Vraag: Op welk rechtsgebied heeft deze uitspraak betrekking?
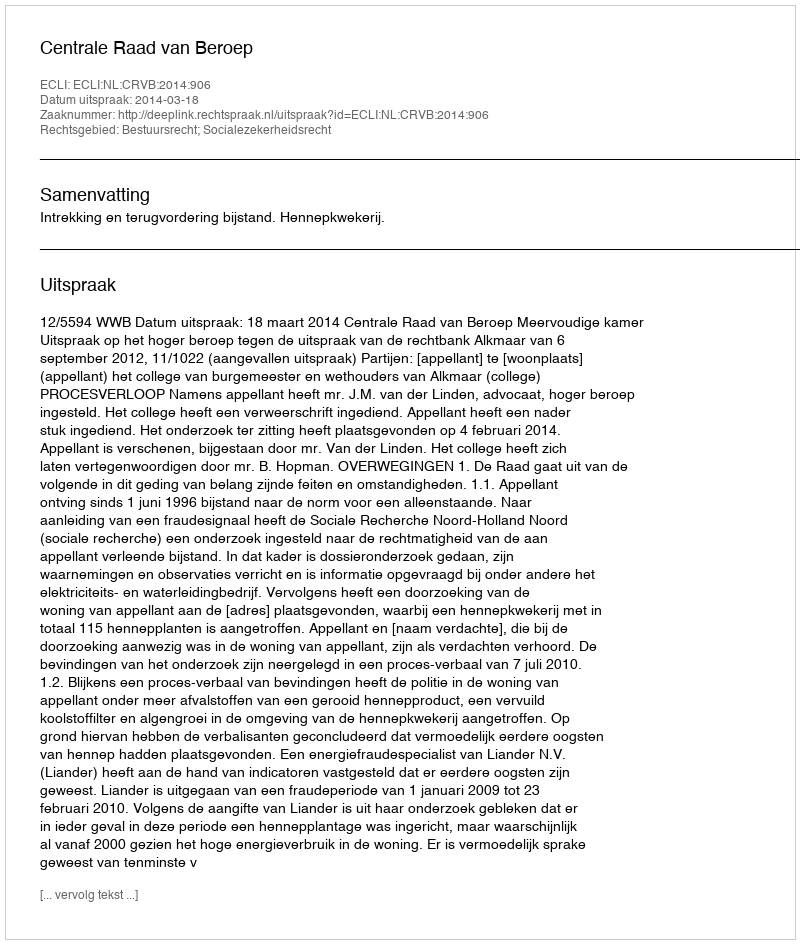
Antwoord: Bestuursrecht; Socialezekerheidsrecht